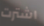
اشترت